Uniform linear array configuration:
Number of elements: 48
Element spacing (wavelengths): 0.75
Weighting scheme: hann
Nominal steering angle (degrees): -30
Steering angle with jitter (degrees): -29.955
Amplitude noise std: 0.05
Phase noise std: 0.05

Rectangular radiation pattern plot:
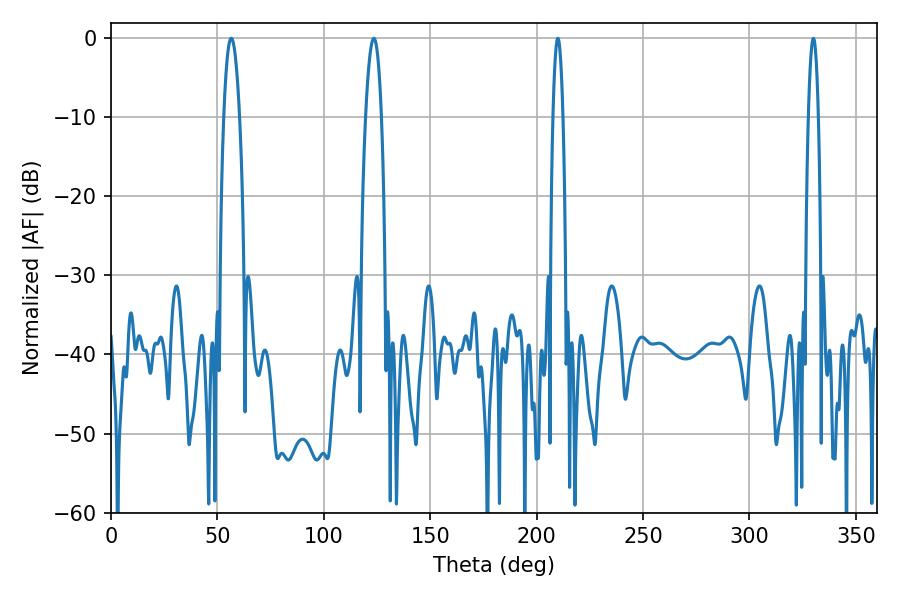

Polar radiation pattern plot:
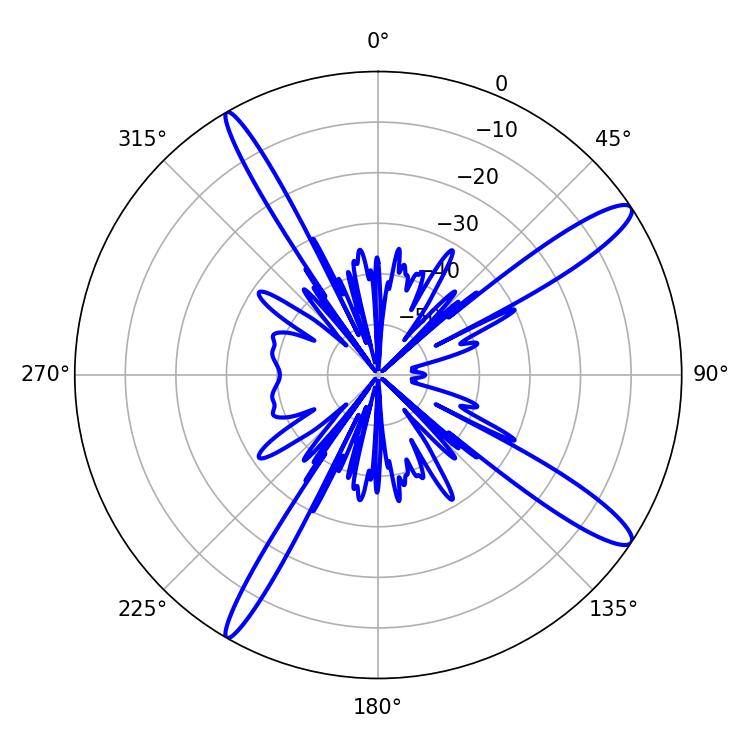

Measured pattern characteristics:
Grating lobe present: TRUE
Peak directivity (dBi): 13.972
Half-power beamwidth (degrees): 4.14
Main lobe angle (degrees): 56.52